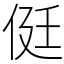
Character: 侹